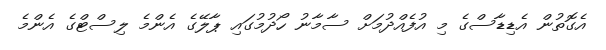
އެގޮތުން އެޑިޑާސްގެ މި އުފެއްދުމަށް ސާމާނު ހޯދުމުގައި ޕާލޭގެ އެންމެ ލިސްޓްގެ އެންމެ